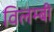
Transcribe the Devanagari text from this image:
विलम्बी